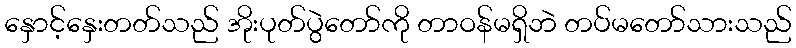
နှောင့်နှေးတတ်သည် အိုးပုတ်ပွဲတော်ကို တာဝန်မရှိဘဲ တပ်မတော်သားသည်